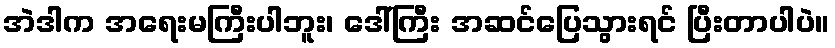
အဲဒါက အရေးမကြီးပါဘူး၊ ဒေါ်ကြီး အဆင်ပြေသွားရင် ပြီးတာပါပဲ။